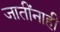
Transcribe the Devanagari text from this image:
जातींनाही